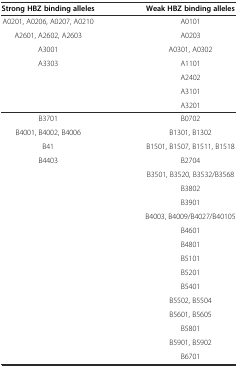
<table><thead><tr><td><b>Strong HBZ binding alleles</b></td><td><b>Weak HBZ binding alleles</b></td></tr></thead><tbody><tr><td>A0201, A0206, A0207, A0210</td><td>A0101</td></tr><tr><td>A2601, A2602, A2603</td><td>A0203</td></tr><tr><td>A3001</td><td>A0301, A0302</td></tr><tr><td>A3303</td><td>A1101</td></tr><tr><td></td><td>A2402</td></tr><tr><td></td><td>A3101</td></tr><tr><td></td><td>A3201</td></tr><tr><td>B3701</td><td>B0702</td></tr><tr><td>B4001, B4002, B4006</td><td>B1301, B1302</td></tr><tr><td>B41</td><td>B1501, B1507, B1511, B1518</td></tr><tr><td>B4403</td><td>B2704</td></tr><tr><td></td><td>B3501, B3520, B3532/B3568</td></tr><tr><td></td><td>B3802</td></tr><tr><td></td><td>B3901</td></tr><tr><td></td><td>B4003, B4009/B4027/B40105</td></tr><tr><td></td><td>B4601</td></tr><tr><td></td><td>B4801</td></tr><tr><td></td><td>B5101</td></tr><tr><td></td><td>B5201</td></tr><tr><td></td><td>B5401</td></tr><tr><td></td><td>B5502, B5504</td></tr><tr><td></td><td>B5601, B5605</td></tr><tr><td></td><td>B5801</td></tr><tr><td></td><td>B5901, B5902</td></tr><tr><td></td><td>B6701</td></tr></tbody></table>